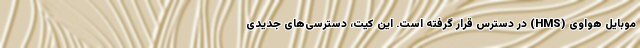
موبایل هواوی (HMS) در دسترس قرار گرفته است. این کیت، دسترسی‌های جدیدی